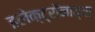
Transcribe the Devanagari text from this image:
इलेक्ट्रॉनाच्या